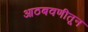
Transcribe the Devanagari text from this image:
आठबवणीतून